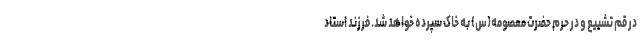
در قم تشییع و در حرم حضرت معصومه(س) به خاک سپرده خواهد شد. فرزند استاد